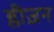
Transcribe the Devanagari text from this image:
ग्लीज़न